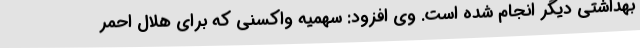
بهداشتی دیگر انجام شده است. وی افزود: سهمیه واکسنی که برای هلال احمر